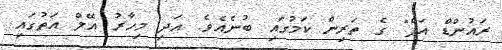
ރައުންޑް އަޕް" ގެ ތަރިން ކަމުގައި ބުނެއެވެ. އަދި މިހާރު އޭލް އަތުގައި